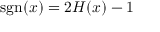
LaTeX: \operatorname { s g n } ( x ) = 2 H ( x ) - 1